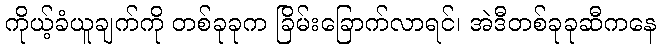
ကိုယ့်ခံယူချက်ကို တစ်ခုခုက ခြိမ်းခြောက်လာရင်၊ အဲဒီတစ်ခုခုဆီကနေ